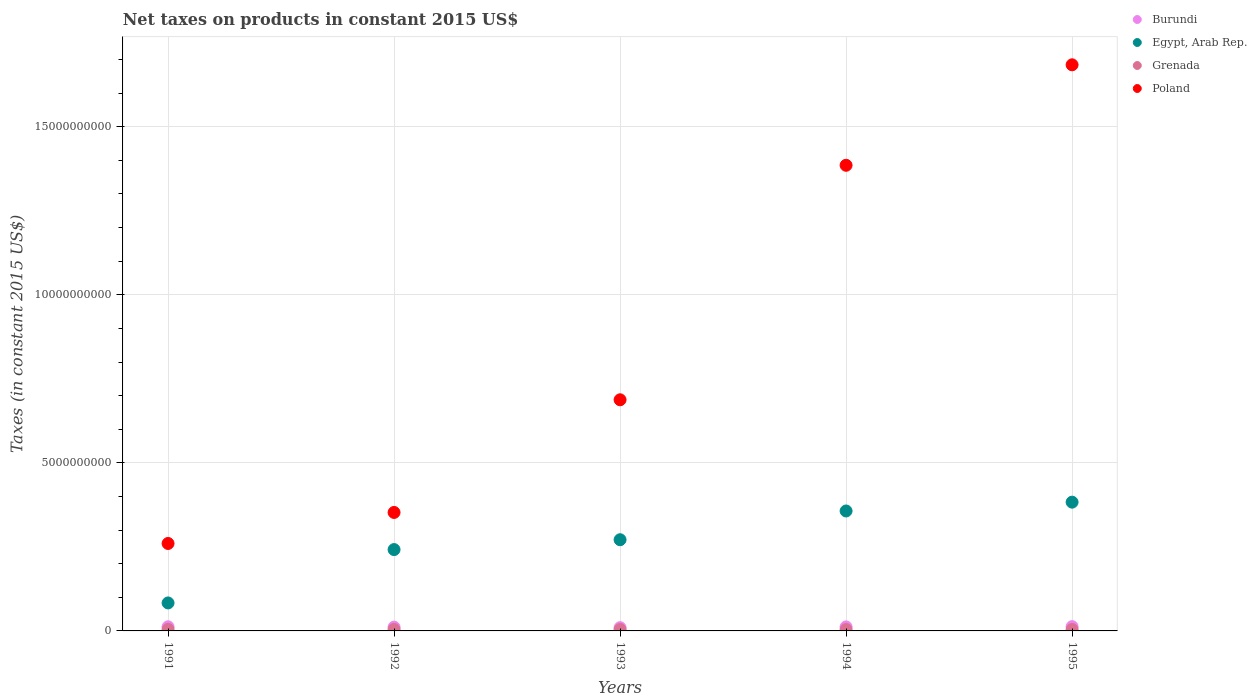
| Years | Burundi | Egypt, Arab Rep. | Grenada | Poland |
 | --- | --- | --- | --- | --- |
 | 1991 | 1.23e+08 | 8.32e+08 | 4.57e+07 | 2.6e+09 |
 | 1992 | 1.12e+08 | 2.42e+09 | 4.46e+07 | 3.52e+09 |
 | 1993 | 9.72e+07 | 2.71e+09 | 4.17e+07 | 6.88e+09 |
 | 1994 | 1.2e+08 | 3.57e+09 | 4.16e+07 | 1.39e+10 |
 | 1995 | 1.27e+08 | 3.83e+09 | 4.29e+07 | 1.68e+10 |